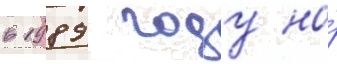
в 1989 году на́